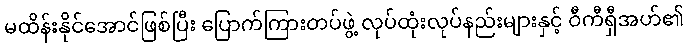
မထိန်းနိုင်အောင်ဖြစ်ပြီး ပြောက်ကြားတပ်ဖွဲ့ လုပ်ထုံးလုပ်နည်းများနှင့် ဝီကီရှီအဟ်၏